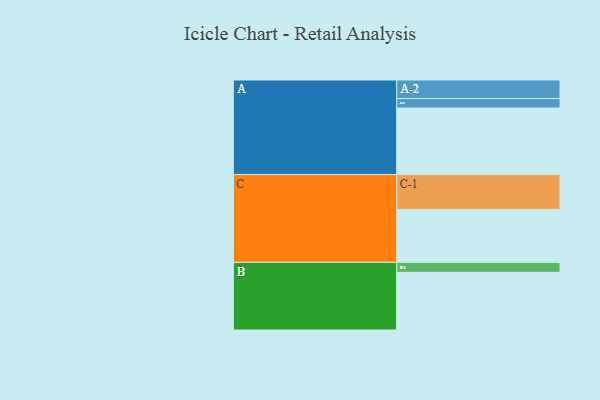
{"axis": {"x": "Segment", "y": "Value"}, "legend": ["", "A", "B", "C"], "data": [{"x": "A", "y": 539, "type": ""}, {"x": "B", "y": 467, "type": ""}, {"x": "C", "y": 429, "type": ""}, {"x": "A-1", "y": 77, "type": "A"}, {"x": "A-2", "y": 150, "type": "A"}, {"x": "B-1", "y": 81, "type": "B"}, {"x": "C-1", "y": 282, "type": "C"}]}